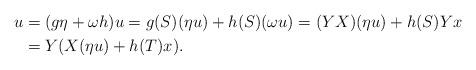
LaTeX: \begin{align*} u&=(g\eta+\omega h)u=g(S)(\eta u) + h(S)(\omega u)= (YX)(\eta u) + h(S)Yx\\&=Y(X(\eta u) + h(T)x).\end{align*}